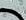
نسبح